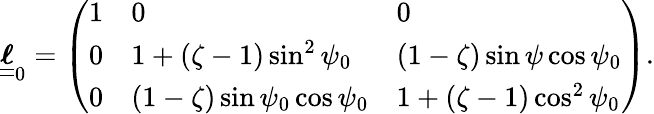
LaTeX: \boldsymbol{\underline{{\underline{{\ell}}}}}_{0}=\left(\begin{array}{lll}{1}&{0}&{0}\\ {0}&{1+(\zeta-1)\sin^{2}\psi_{0}}&{(1-\zeta)\sin\psi\cos\psi_{0}}\\ {0}&{(1-\zeta)\sin\psi_{0}\cos\psi_{0}}&{1+(\zeta-1)\cos^{2}\psi_{0}}\end{array}\right).